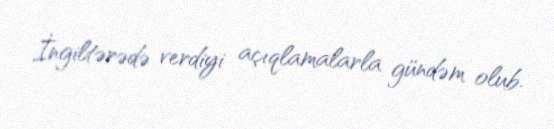
İngiltərədə verdiyi açıqlamalarla gündəm olub.